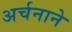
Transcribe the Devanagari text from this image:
अर्चनाने